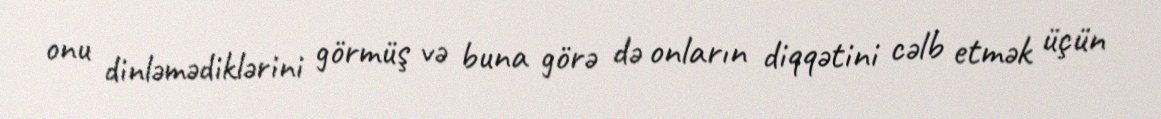
onu dinləmədiklərini görmüş və buna görə də onların diqqətini cəlb etmək üçün